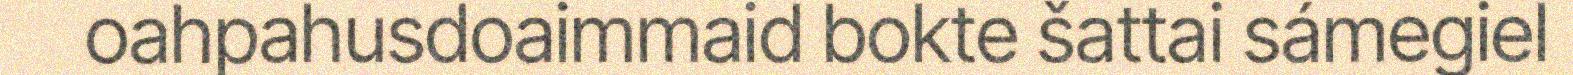
oahpahusdoaimmaid bokte šattai sámegiel